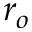
r _ { o }